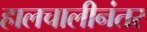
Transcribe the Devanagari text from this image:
हालचालीनंतर